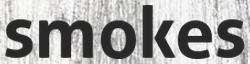
smokes